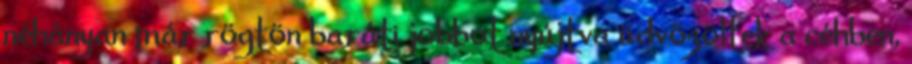
néhányan már rögtön baráti jobbot nyújtva üdvözöltek a céhben,